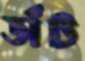
ডাঁট